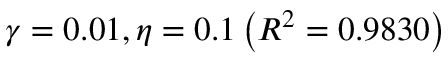
\gamma = 0 . 0 1 , \eta = 0 . 1 \left( R ^ { 2 } = 0 . 9 8 3 0 \right)